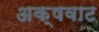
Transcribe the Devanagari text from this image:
अक्षवाट